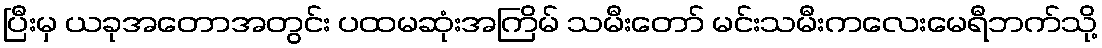
ပြီးမှ ယခုအတောအတွင်း ပထမဆုံးအကြိမ် သမီးတော် မင်းသမီးကလေးမေရီဘက်သို့